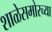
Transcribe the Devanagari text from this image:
शाळेसमोरच्या